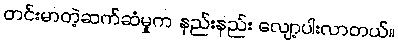
တင်းမာတဲ့ဆက်ဆံမှုက နည်းနည်း လျော့ပါးလာတယ်။